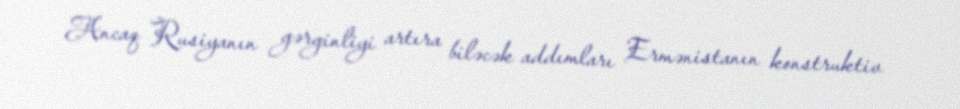
Ancaq Rusiyanın gərginliyi artıra biləcək addımları Ermənistanın konstruktiv